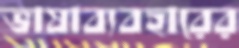
ভাষাব্যবহারের